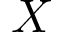
X